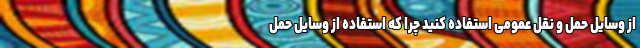
از وسایل حمل و نقل عمومی استفاده کنید چرا که استفاده از وسایل حمل